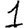
Digit: 1